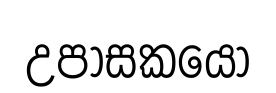
උපාසකයෝ